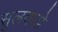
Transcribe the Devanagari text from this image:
सुलवाडे